65_HS1-834228961_62-HQ-83894_Section_2
Agency: FBI
Page 120
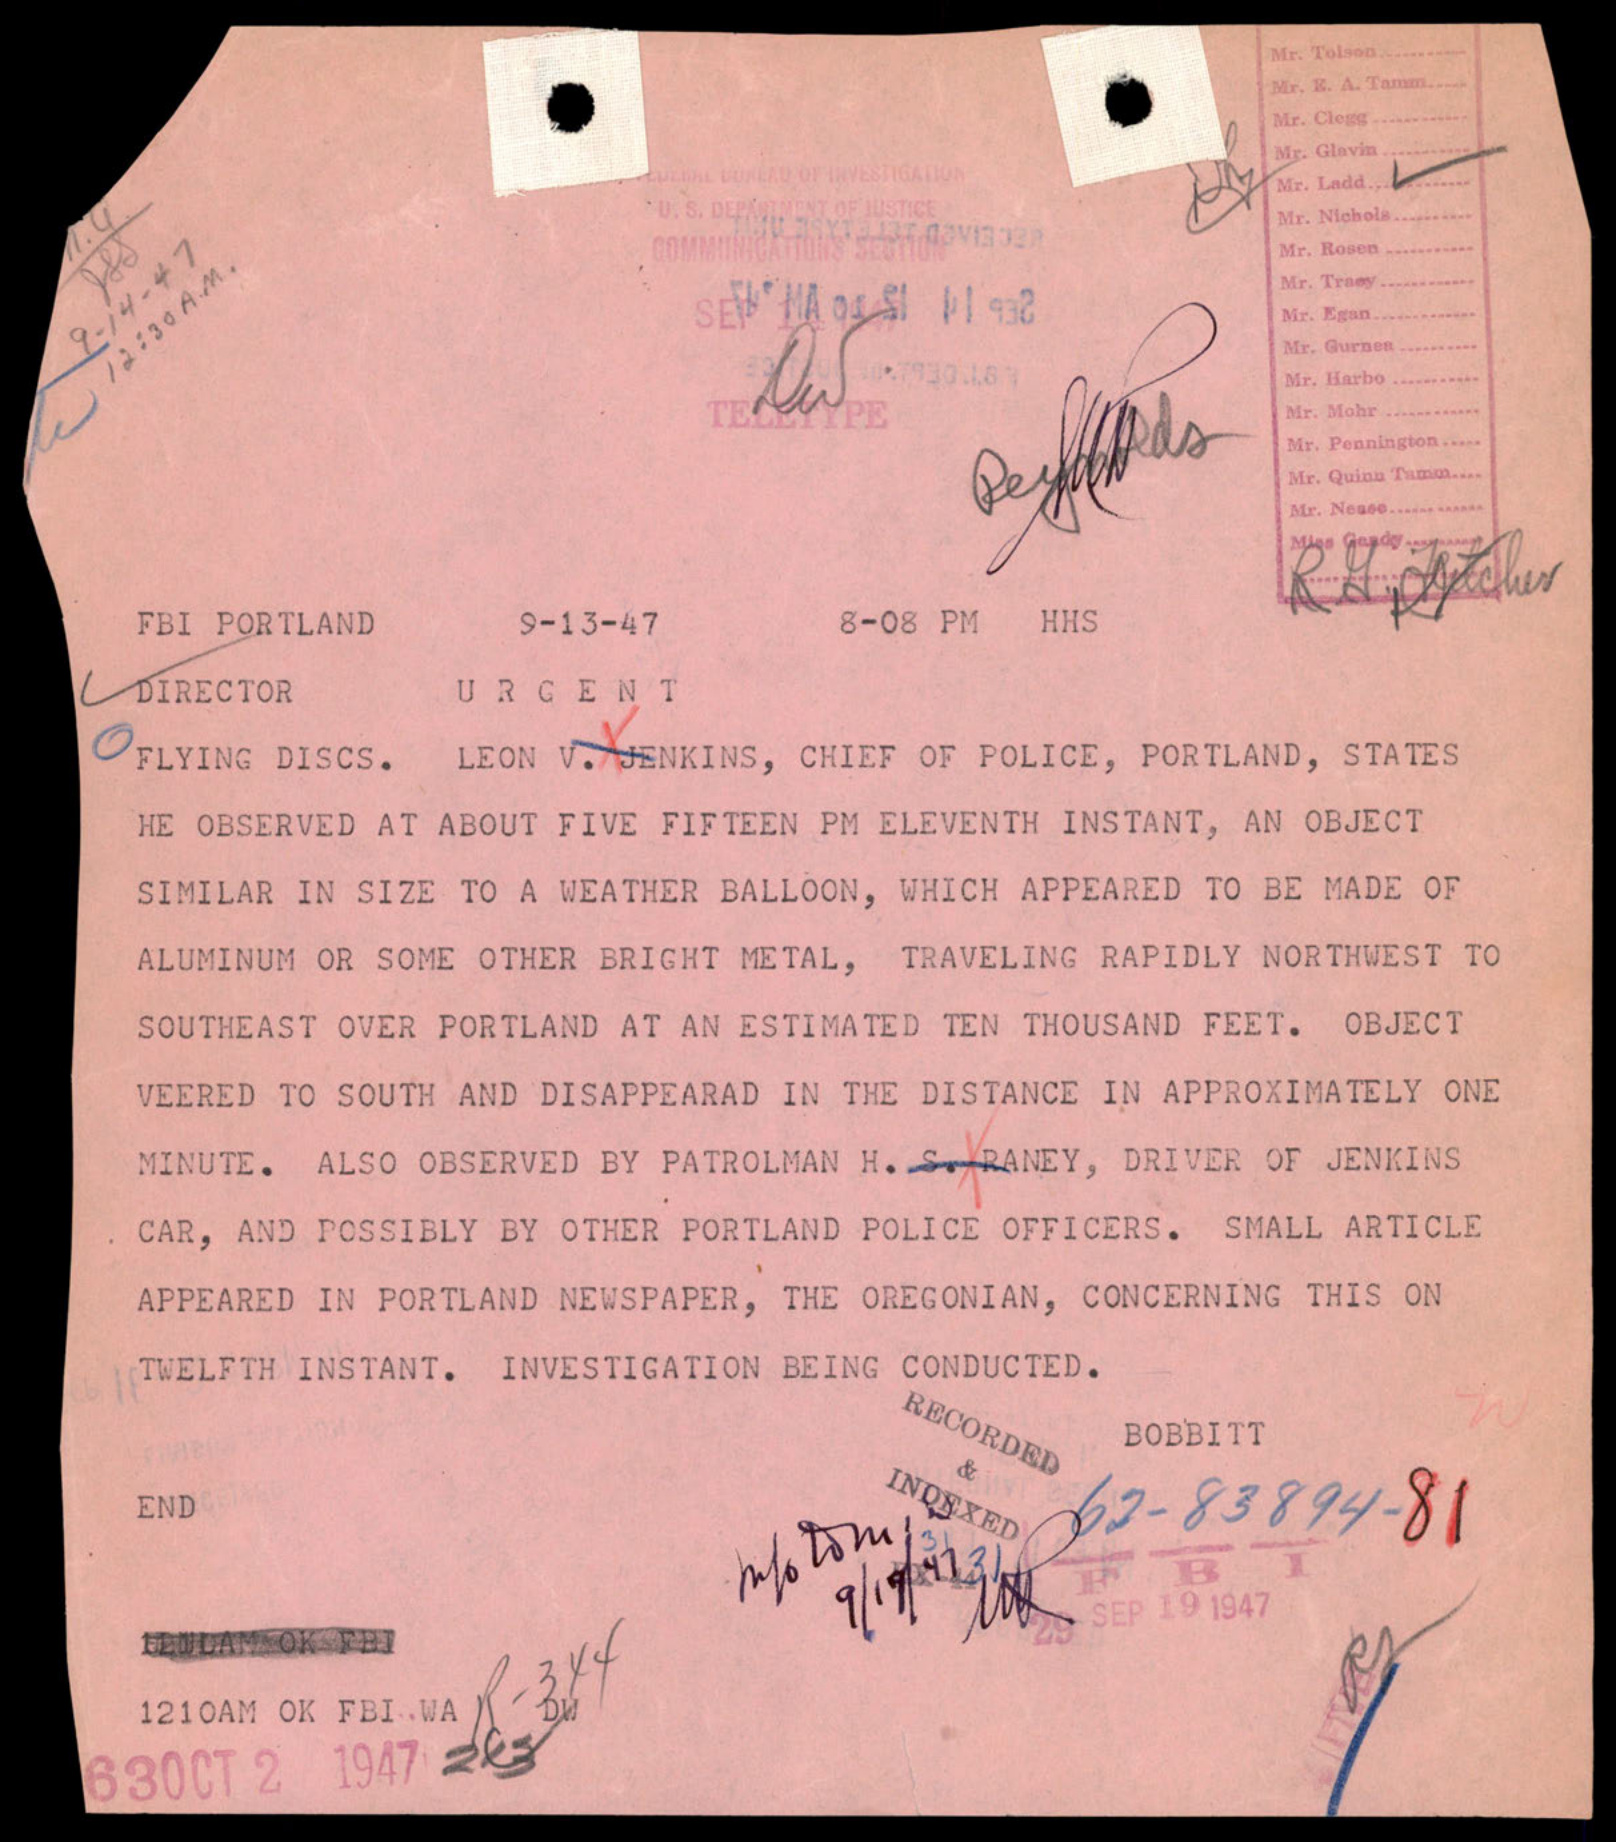